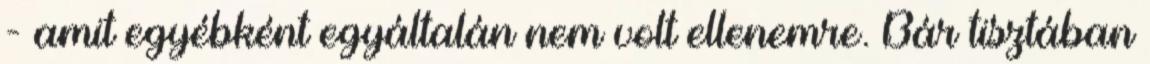
- amit egyébként egyáltalán nem volt ellenemre. Bár tisztában